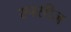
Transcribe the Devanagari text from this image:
स्पसीज